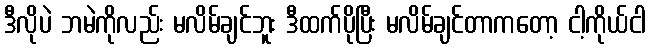
ဒီလိုပဲ ဘမဲကိုလည်း မလိမ်ချင်ဘူး ဒီထက်ပိုပြီး မလိမ်ချင်တာကတော့ ငါ့ကိုယ်ငါ